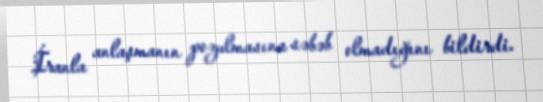
İranla anlaşmanın pozulmasına səbəb olmadığını bildirdi.